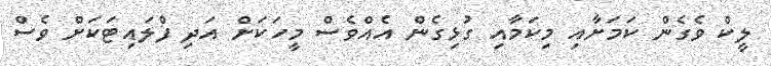
ލީކް ވެެގެން ކަމަށާއި މިކަމާއި ގުޅިގެން އެއްވެސް މީހަކަށް އަދި ފްލައިޓަކަށް ވެސް